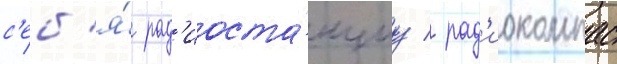
с'еб'я́ рад'иоста́нциу / рад'иокомпас